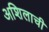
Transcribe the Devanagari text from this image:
अशिलाची